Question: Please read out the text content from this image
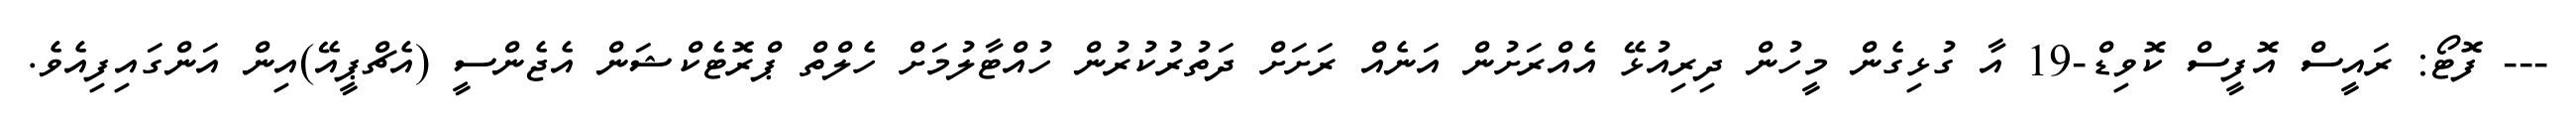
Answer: --- ފޮޓޯ: ރައީސް އޮފީސް ކޮވިޑް-19 އާ ގުޅިގެން މީހުން ދިރިއުޅޭ އެއްރަށުން އަނެއް ރަށަށް ދަތުރުކުރުން ހުއްޓާލުމަށް ހެލްތް ޕްރޮޓެކްޝަން އެޖެންސީ (އެޗްޕީއޭ)އިން އަންގައިފިއެވެ.